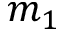
m _ { 1 }